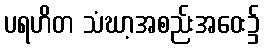
ပရဟိတ သံဃာ့အစည်းအဝေး၌